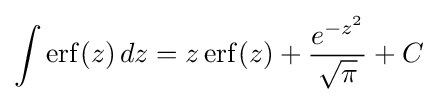
\int \operatorname {erf} (z)\,dz=z\operatorname {erf} (z)+{\frac {e^{-z^{2}}}{\sqrt {\pi }}}+C